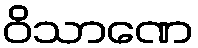
ဝိသာဏေ